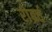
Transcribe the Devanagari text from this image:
रोब्रर्त